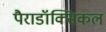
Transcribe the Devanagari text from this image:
पैराडॉक्सिकल